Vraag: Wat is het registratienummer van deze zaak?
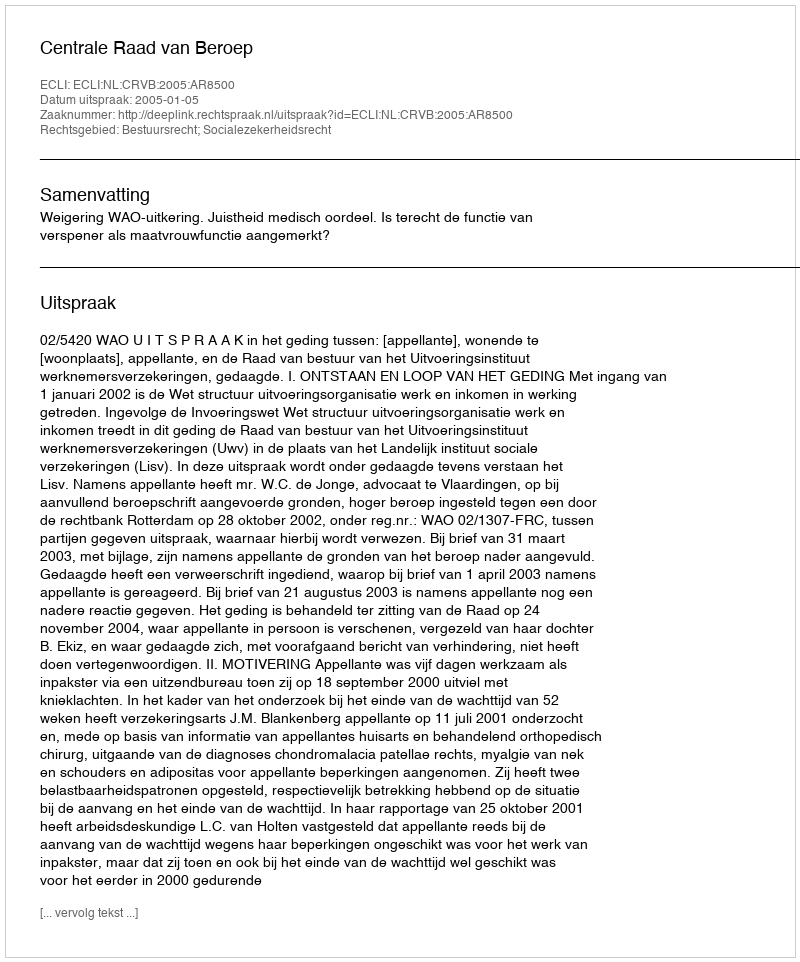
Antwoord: http://deeplink.rechtspraak.nl/uitspraak?id=ECLI:NL:CRVB:2005:AR8500